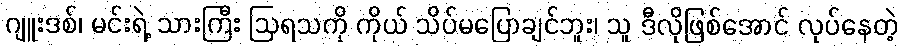
ဂျူးဒစ်၊ မင်းရဲ့ သားကြီး ဩရသကို ကိုယ် သိပ်မပြောချင်ဘူး၊ သူ ဒီလိုဖြစ်အောင် လုပ်နေတဲ့